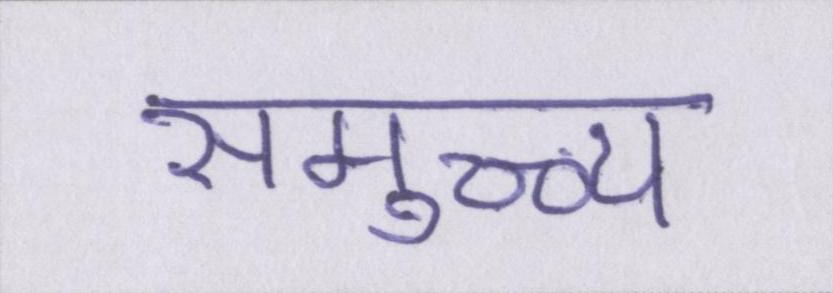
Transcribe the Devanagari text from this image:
समुच्च्य